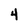
Character: 4